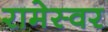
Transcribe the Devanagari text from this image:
रामेस्वर